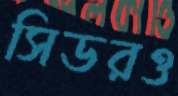
সিডরও